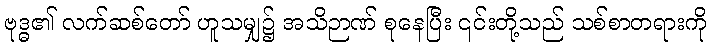
ဗုဒ္ဓ၏ လက်ဆစ်တော် ဟူသမျှ၌ အသိဉာဏ် စုနေပြီး ၎င်းတို့သည် သစ်စာတရားကို